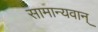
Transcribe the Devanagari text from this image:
सामान्यवान्